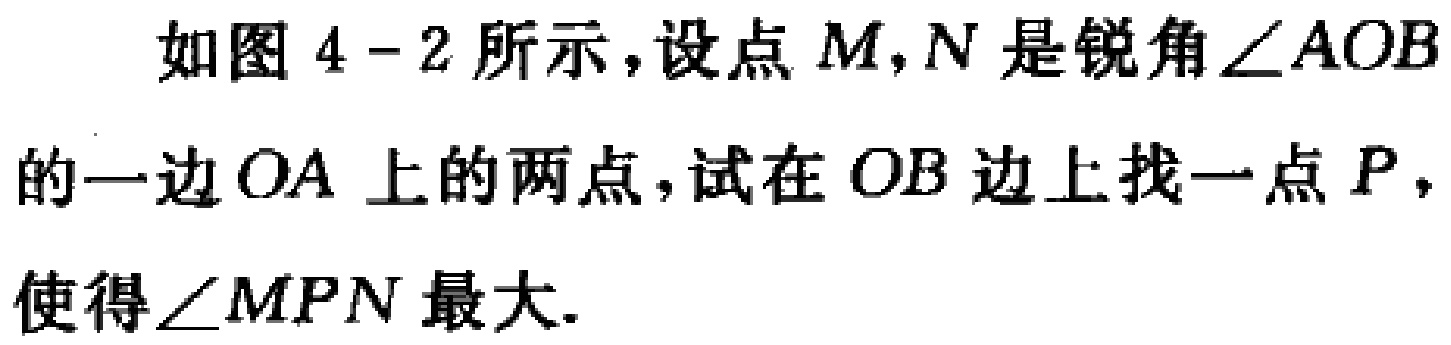
如图4 - 2所示，设点\(M,N\)是锐角\(\angle AOB\)的一边\(OA\)上的两点，试在\(OB\)边上找一点\(P\)，使得\(\angle MPN\)最大.